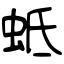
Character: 蚳